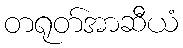
တရုတ်အာဆီယံ